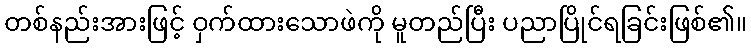
တစ်နည်းအားဖြင့် ဝှက်ထားသောဖဲကို မူတည်ပြီး ပညာပြိုင်ရခြင်းဖြစ်၏။